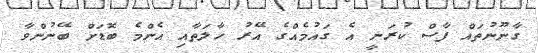
ގާނޫނުތައް ފާސް ކުރަނީ އެ ގައުމެއްގެ އޭރު ހާލަތާއި އެންމެ ބޮޑަށް ބޭނުންވާ